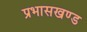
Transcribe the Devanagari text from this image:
प्रभासखण्ड